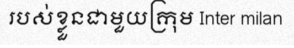
របស់ខ្លួនជាមួយក្រុម Inter milan